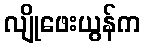
လျိုဖေးယွန်က